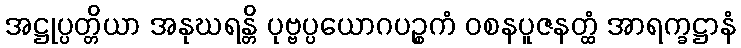
အဋ္ဌုပ္ပတ္တိယာ အနုဃရန္တိ ပုဗ္ဗပ္ပယောဂပဉ္စကံ ဝစနပူဇနတ္ထံ အာရက္ခဋ္ဌာနံ